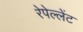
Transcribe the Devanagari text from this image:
रेपेल्लेंट